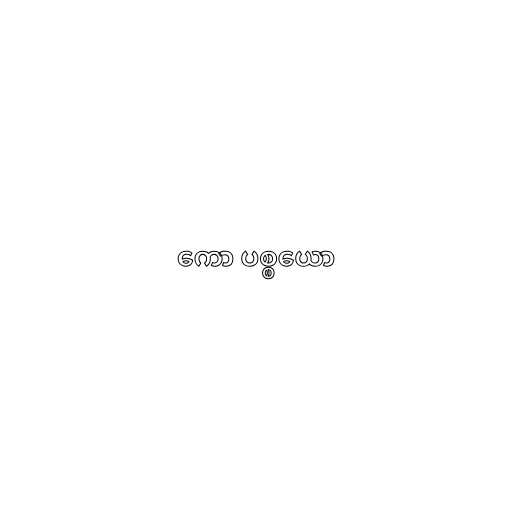
ကော ပစ္စယော